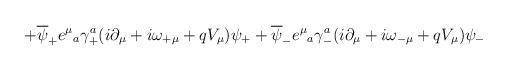
LaTeX: \begin{align*}+\overline{\psi}_+ e^\mu{}_a\gamma^a_+(i\partial_\mu +i\omega_{+\mu}+qV_\mu)\psi_++\overline{\psi}_- e^\mu{}_a\gamma^a_-(i\partial_\mu+i\omega_{-\mu} +qV_\mu)\psi_-\end{align*}